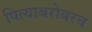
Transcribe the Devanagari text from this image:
पित्याबरोबरच